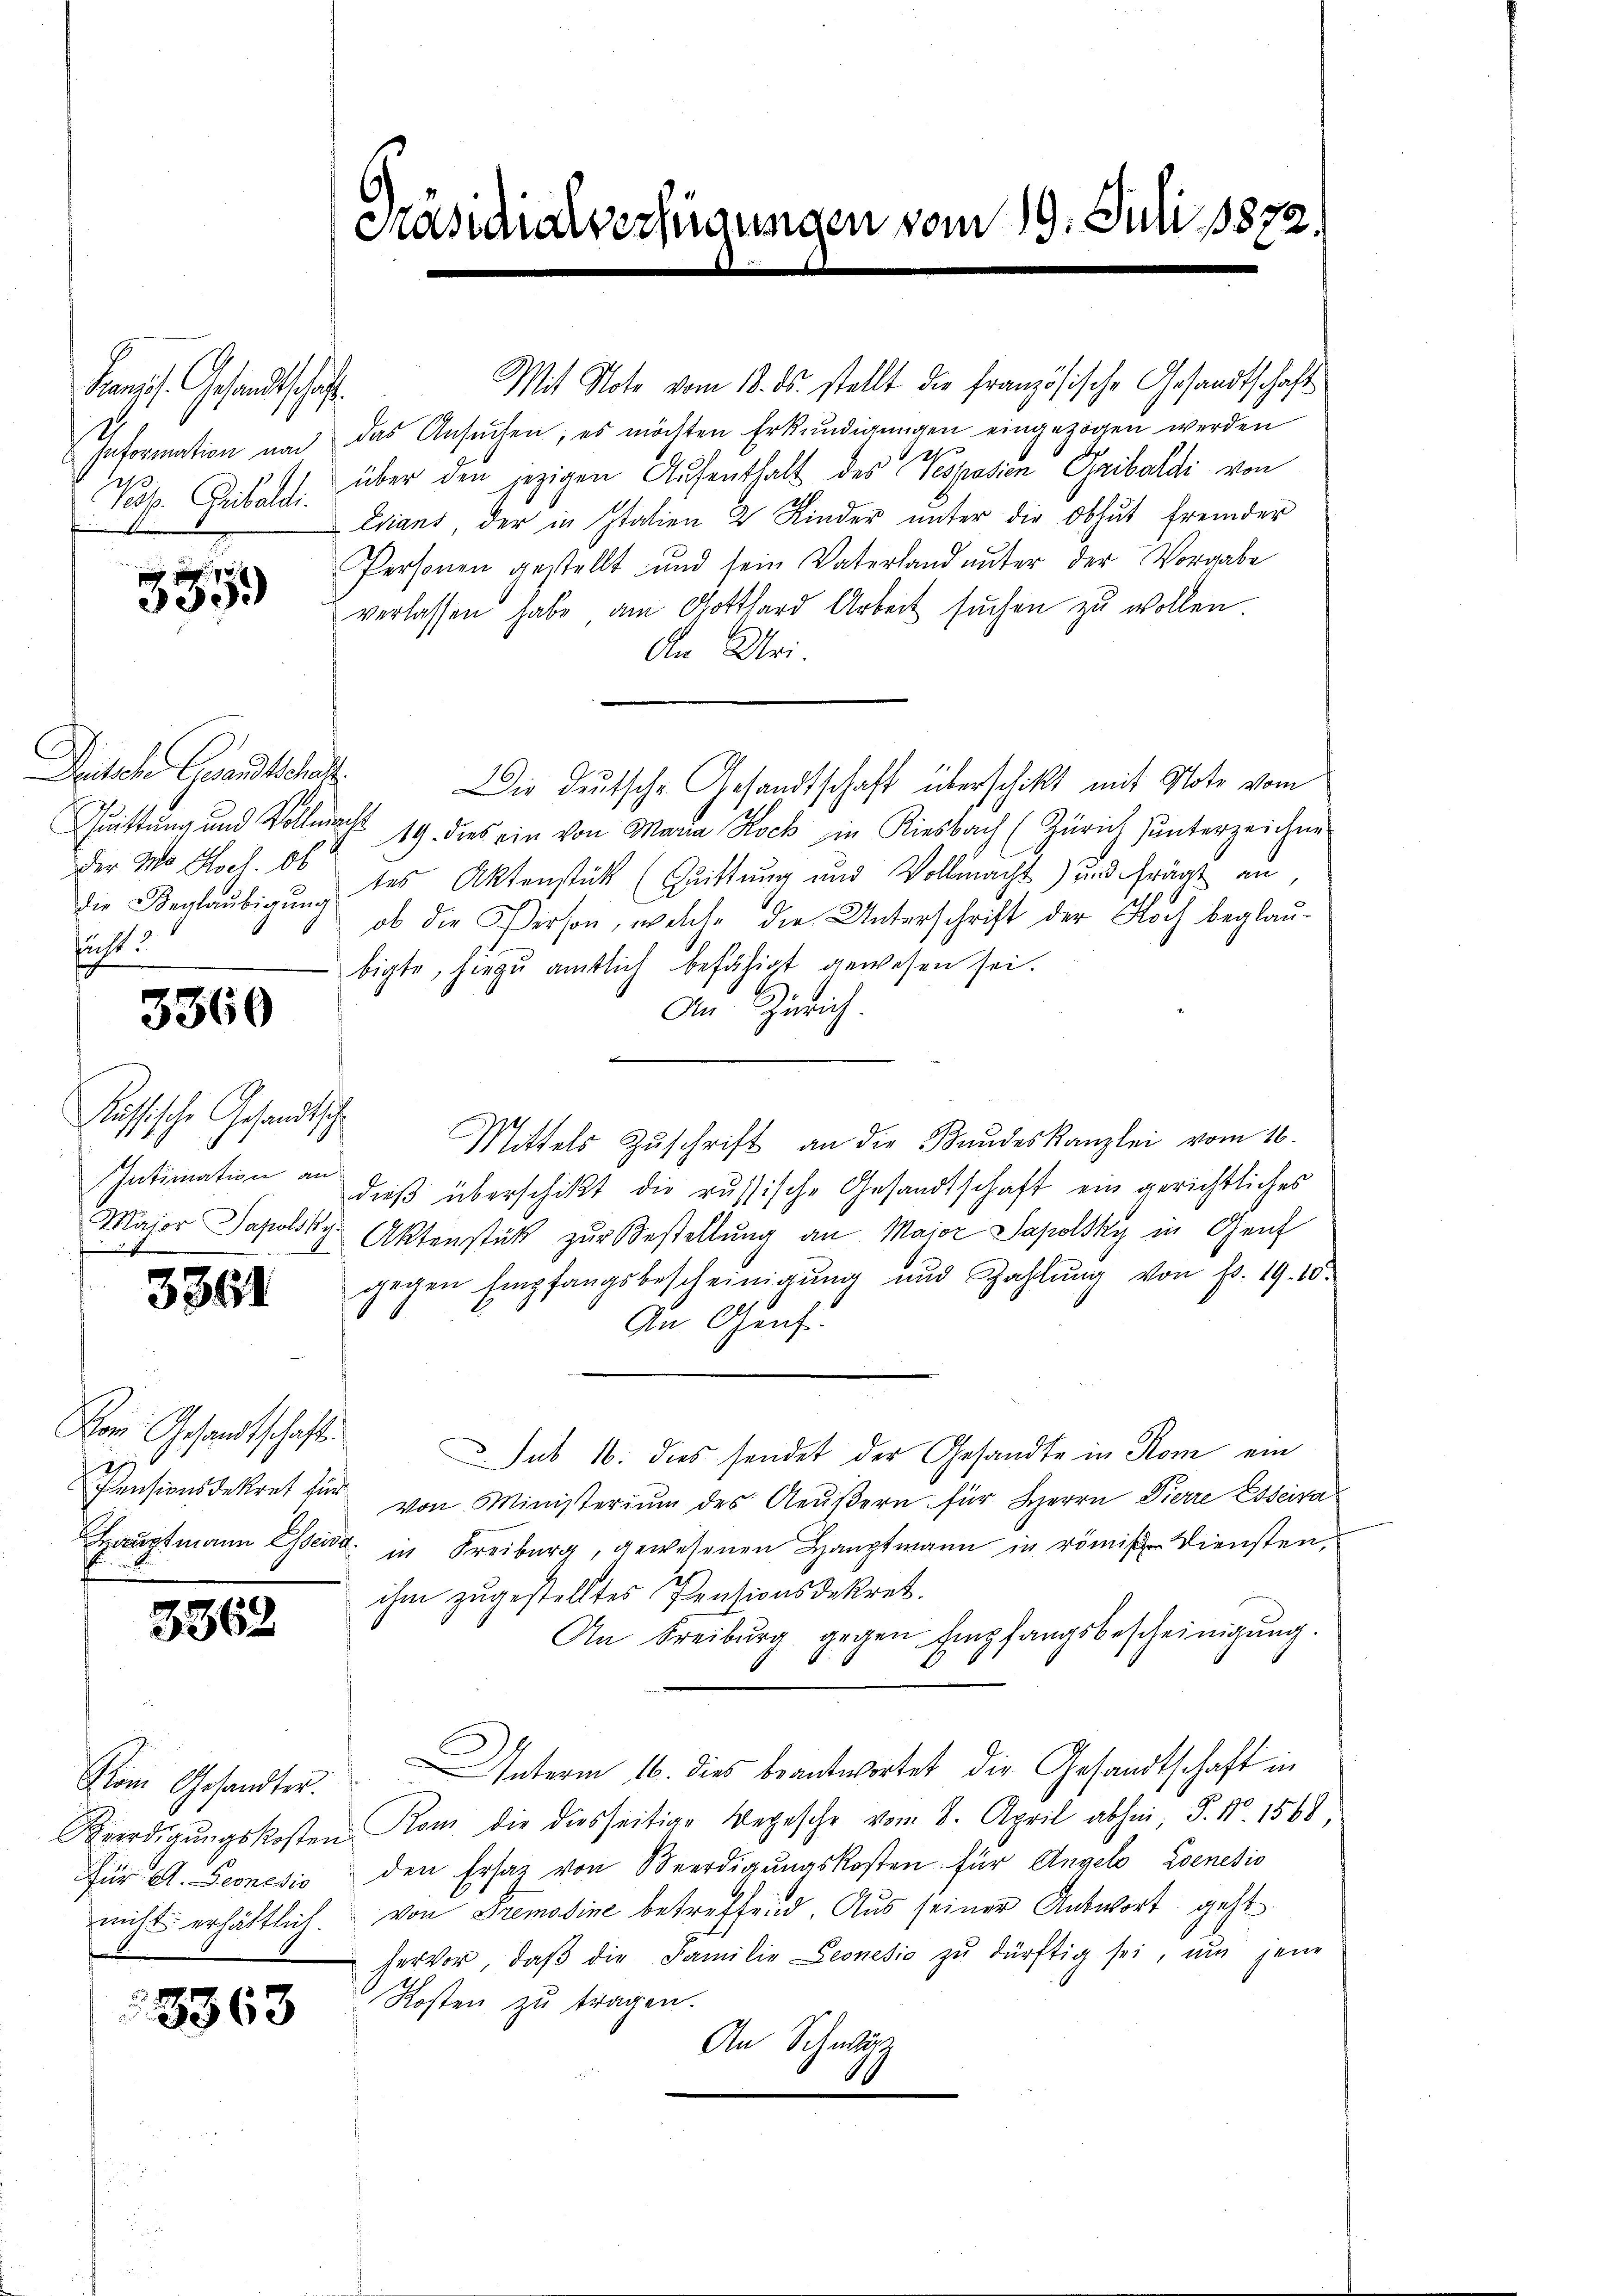
Kans. Gesandtschaft.
Geformation und
Pess. Gribaldi

333.

Deutsche Grandtschaf
Schrittung und Vollmacht
Der Mo Hoch. Ob
sicht.

3360

Russische Gesandtsche
Intimation an

3361

Von Gesandtschafte
77
Pensionsdekret für
Hauptmann Esseisa

u

3362

Kom Gesandter.
Für A. Leonedio

5363

Mit Note vom 18. ds. stellt die französische Gesandtschafts
das Ansuchen; es möchten Erkundigungen eingezogen werden
2.
über den jezigen Aufenthalt des Gesprosien Gaibaldi von
Evians, der in Italien 2 Kinder ŭnter die Obhut fremder
Personen gestellt und sein Vaterland ŭnter der Vorgabe
verlassen habe am Gotthard Arbeit suchen zu wollen.
An Uri.
Die deutsche Gesandtschaft überschikt mit Note vom
19. dies ein von Maria Rock in Kiesbach (Zürich unterzeichne
die Beglaubigung des Aktenstück (Quittung und Vollmacht) und frägt an,
ob die Person, welche die Unterschrift der Noch beglaubigte, hiezu amtlich befähigt gewesen sei.
An Zürich.
Mittels Zŭschrift an die Bundeskanzlei vom 16.
dieβ überschikt die russische Gesandtschaft ein gerichtliches
Major Japolsky Aktenstück zur Bestellung an Major Sapolsky in Genf
gegen Empfangsbescheinigŭng und Zahlŭng von Fr. 19. 10.
An Gene
Sub 16. dies sendet der Gesandte in Rom ein
von Ministerium des Aeußern für Herrn Pierre Esseira
in Freiburg, gewesenen Hauptmann in römis. Diensten,
ihm zugestelltes Pensionsdekret.
An Freiburg gegen Empfangsbescheinigŭng.
Interm 16. dies beantwortet die Gesandtschaft in
Beerdigŭngskosten Kam die diesseitige Depesche vom 8. April abhin P. Nr. 1568,
den Ersatz von Beerdigŭngskosten. Für Angelo Zoenesis
nicht erhältlich. von Premosine betreffend. Aus seiner Antwort geht
hervor, daβ die Familie Leonesis zŭ dürftig sei, um jene
Kosten zu tragen.
An Schwärz
6

Präsidialverfügungen vom 19. Juli 1872.